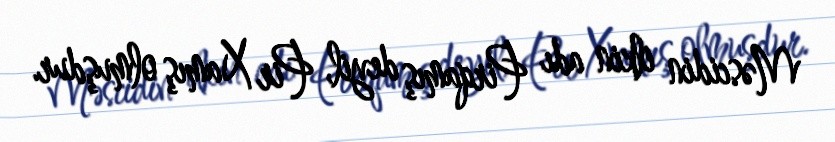
Məscidin ilkin adı Pirqamış deyil, Pir Xamış olmuşdur.